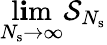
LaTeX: \operatorname*{l\mathbf{i}m}_{N_{\mathrm{{s}}}\to\infty}\mathcal{{S}}_{N_{\mathrm{{s}}}}